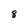
Character: 8